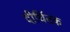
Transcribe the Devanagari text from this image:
दीर्घितक